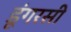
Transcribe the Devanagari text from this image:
डूंगरसी